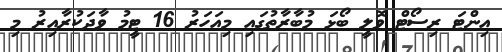
އިންޓަ ރިސޯޓް ވޮލީ ބޯޅަ މުބާރާތުގައި މިއަހަރު 16 ޓީމު ވާދަކުރާއިރު މި